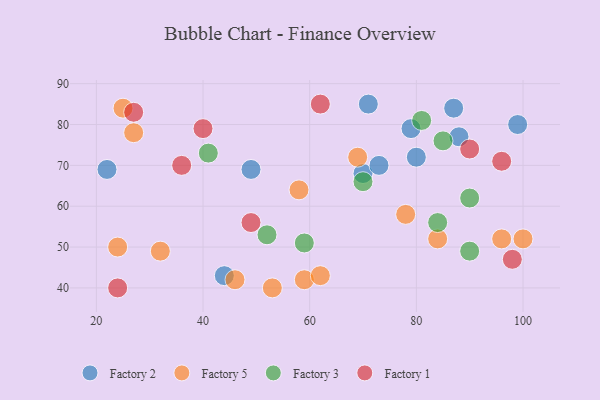
{"axis": {"x": "GDP", "y": "Life Expectancy"}, "legend": ["Factory 1", "Factory 2", "Factory 3", "Factory 5"], "data": [{"x": "80", "y": 72, "type": "Factory 2"}, {"x": "71", "y": 85, "type": "Factory 2"}, {"x": "88", "y": 77, "type": "Factory 2"}, {"x": "70", "y": 68, "type": "Factory 2"}, {"x": "87", "y": 84, "type": "Factory 2"}, {"x": "22", "y": 69, "type": "Factory 2"}, {"x": "44", "y": 43, "type": "Factory 2"}, {"x": "73", "y": 70, "type": "Factory 2"}, {"x": "79", "y": 79, "type": "Factory 2"}, {"x": "99", "y": 80, "type": "Factory 2"}, {"x": "49", "y": 69, "type": "Factory 2"}, {"x": "96", "y": 52, "type": "Factory 5"}, {"x": "25", "y": 84, "type": "Factory 5"}, {"x": "27", "y": 78, "type": "Factory 5"}, {"x": "59", "y": 42, "type": "Factory 5"}, {"x": "53", "y": 40, "type": "Factory 5"}, {"x": "100", "y": 52, "type": "Factory 5"}, {"x": "24", "y": 50, "type": "Factory 5"}, {"x": "62", "y": 43, "type": "Factory 5"}, {"x": "84", "y": 52, "type": "Factory 5"}, {"x": "58", "y": 64, "type": "Factory 5"}, {"x": "46", "y": 42, "type": "Factory 5"}, {"x": "69", "y": 72, "type": "Factory 5"}, {"x": "78", "y": 58, "type": "Factory 5"}, {"x": "32", "y": 49, "type": "Factory 5"}, {"x": "41", "y": 73, "type": "Factory 3"}, {"x": "70", "y": 66, "type": "Factory 3"}, {"x": "84", "y": 56, "type": "Factory 3"}, {"x": "52", "y": 53, "type": "Factory 3"}, {"x": "90", "y": 49, "type": "Factory 3"}, {"x": "59", "y": 51, "type": "Factory 3"}, {"x": "90", "y": 62, "type": "Factory 3"}, {"x": "85", "y": 76, "type": "Factory 3"}, {"x": "81", "y": 81, "type": "Factory 3"}, {"x": "27", "y": 83, "type": "Factory 1"}, {"x": "96", "y": 71, "type": "Factory 1"}, {"x": "49", "y": 56, "type": "Factory 1"}, {"x": "98", "y": 47, "type": "Factory 1"}, {"x": "36", "y": 70, "type": "Factory 1"}, {"x": "40", "y": 79, "type": "Factory 1"}, {"x": "24", "y": 40, "type": "Factory 1"}, {"x": "90", "y": 74, "type": "Factory 1"}, {"x": "62", "y": 85, "type": "Factory 1"}]}